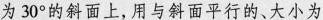
为30°的斜面上，用与斜面平行的、大小为